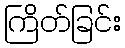
ကြိတ်ခြင်း